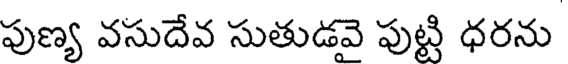
పుణ్య వసుదేవ సుతుడవై పుట్టి ధరను